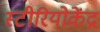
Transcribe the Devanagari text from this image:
स्टीरियोकेंद्र